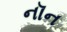
નૉન